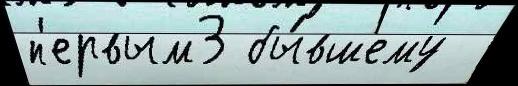
п'ервым3 бы́вшему